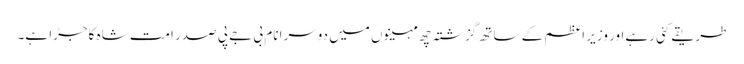
طریقے کئی رہےاور وزیر اعظم کے ساتھ گزشتہ چھ مہینوں میں دوسرا نام بی جے پی صدر امت شاہ کاجڑا ہے۔